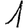
Digit: 1